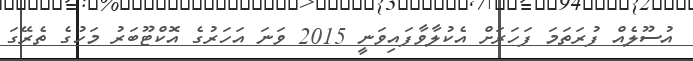
އުސޫލެއް ފުރަތަމަ ފަހަރަށް އެކުލާވާފައިވަނީ 2015 ވަނަ އަހަރުގެ އޮކްޓޫބަރު މަހުގެ ތެރޭގަ